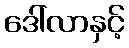
ဒေါ်လာနှင့်